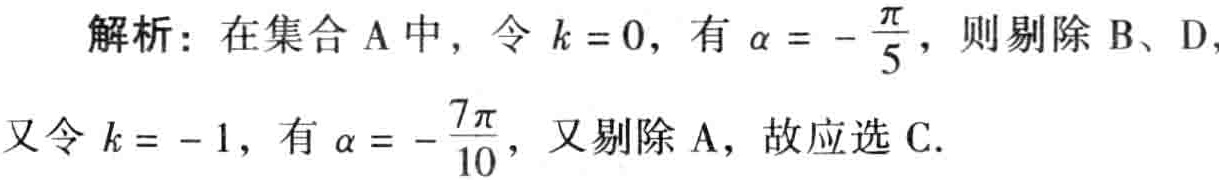
解析：在集合A中，令\(k = 0\)，有\(\alpha = - \frac{\pi}{5}\)，则剔除B、D，
又令\(k = - 1\)，有\(\alpha = - \frac{7\pi}{10}\)，又剔除A，故应选C.